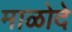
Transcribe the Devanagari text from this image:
माळोदे